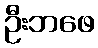
ဦးဘဖေ